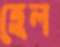
হেল